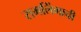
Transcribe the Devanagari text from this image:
रामलिंगाची